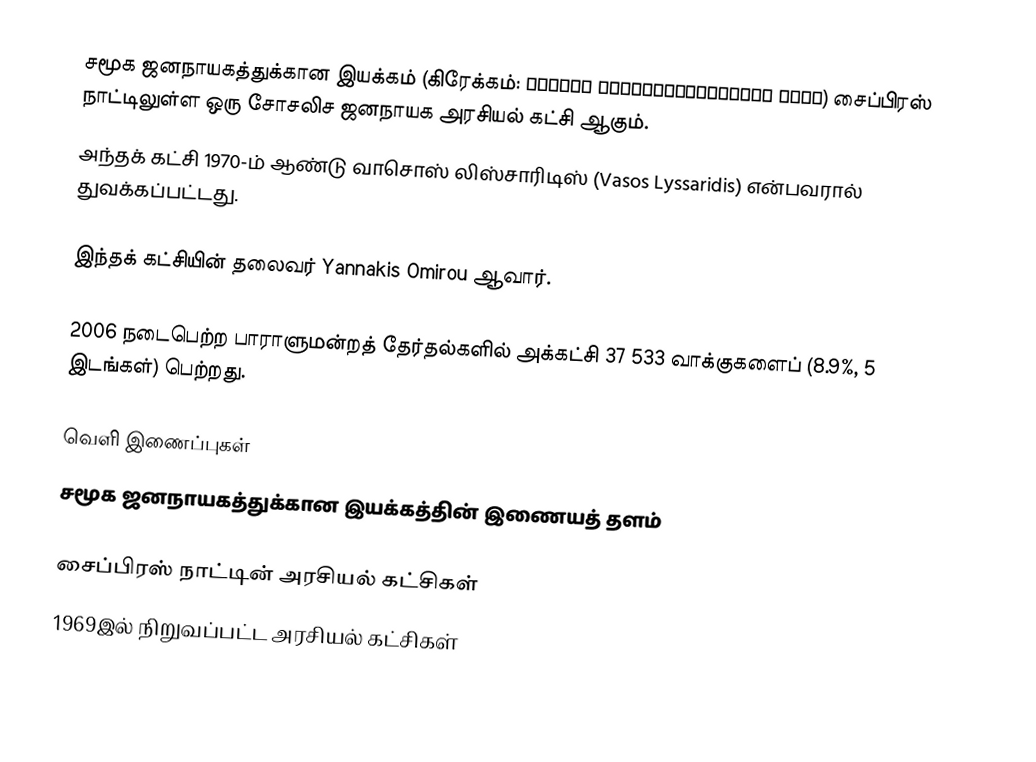
சமூக ஜனநாயகத்துக்கான இயக்கம் (கிரேக்கம்: Κινήμα Σοσιαλδημοκρατών ΕΔΕΚ) சைப்பிரஸ் நாட்டிலுள்ள ஒரு சோசலிச ஜனநாயக அரசியல் கட்சி ஆகும்.
அந்தக் கட்சி 1970-ம் ஆண்டு வாசொஸ் லிஸ்சாரிடிஸ் (Vasos Lyssaridis) என்பவரால் துவக்கப்பட்டது.

இந்தக் கட்சியின் தலைவர் Yannakis Omirou ஆவார்.

2006 நடைபெற்ற பாராளுமன்றத் தேர்தல்களில் அக்கட்சி 37 533 வாக்குகளைப் (8.9%, 5 இடங்கள்) பெற்றது.

வெளி இணைப்புகள்
 சமூக ஜனநாயகத்துக்கான இயக்கத்தின் இணையத் தளம்

சைப்பிரஸ் நாட்டின் அரசியல் கட்சிகள்
1969இல் நிறுவப்பட்ட அரசியல் கட்சிகள்